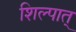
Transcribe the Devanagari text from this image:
शिल्पात्